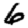
Digit: 6